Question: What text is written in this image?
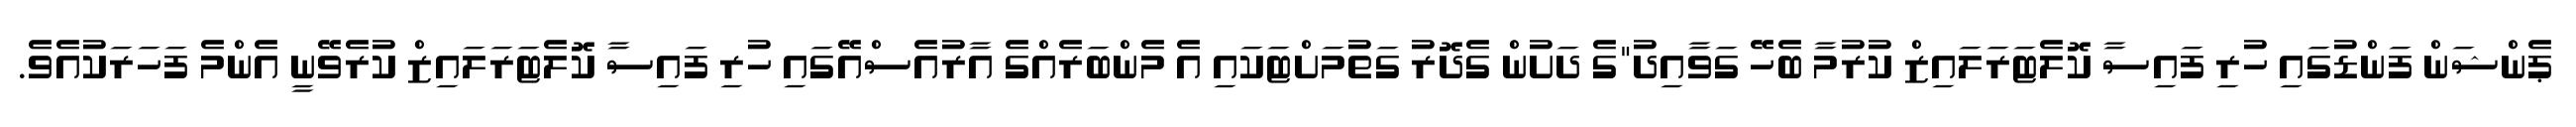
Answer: ޕެންޝަން ފަންޑުގައި ހުރި ފައިސާ ކޮލެޓަރަލައިޒް ކުރުމާ ބެހޭ ގަވާއިދު"ގެ ދަށުން ގެދޮރު ގަތުމަށްޓަކައި އެ މެންބަރެއްގެ އާރުއެސްއޭގައި ހުރި ފައިސާ ކޮލެޓަރަލައިޒް ކުރެވޭނީ އެންމެ ފަހަރަކުއެވެ.